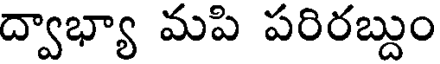
ద్వాభ్యా మపి పరిరబ్దుం